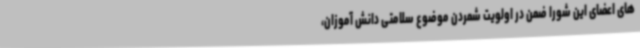
های اعضای این شورا ضمن در اولویت شمردن موضوع سلامتی دانش آموزان،